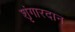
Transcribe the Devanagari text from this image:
शृंगारदान